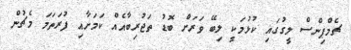
ޗެމްޕިންސް ލީގުގައި ކުޅުމަކީ ލިބޭ ވަރަށް ބޮޑު ތަޖުރިބާއެއް ކަމަށާއި ފުރަތަމަ މެޗުން